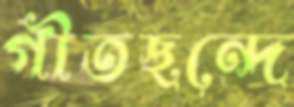
গীতছন্দে